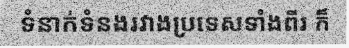
ទំនាក់ទំនងរវាងប្រទេសទាំងពីរ ក៏